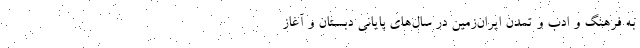
به فرهنگ و ادب و تمدن ایران‌زمین در سال‌های پایانی دبستان و آغاز